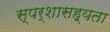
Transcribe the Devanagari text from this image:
स्पर्शासह्यता